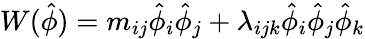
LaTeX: W(\hat{\phi})=m_{ij}\hat{\phi}_{i}\hat{\phi}_{j}+\lambda_{ijk}\hat{\phi}_{i}\hat{\phi}_{j}\hat{\phi}_{k}